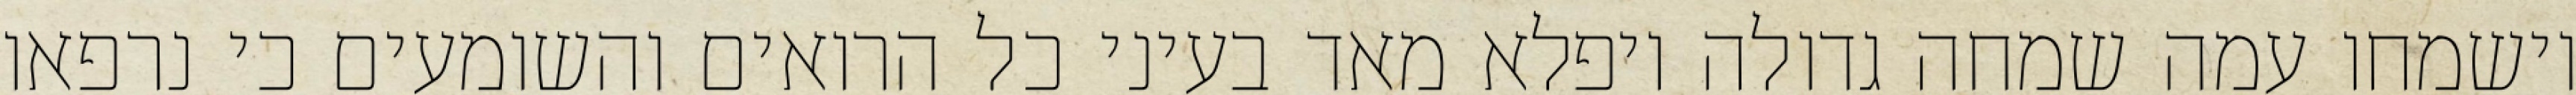
וישמחו עמה שמחה גדולה ויפלא מאד בעיני כל הרואים והשומעים כי נרפאו